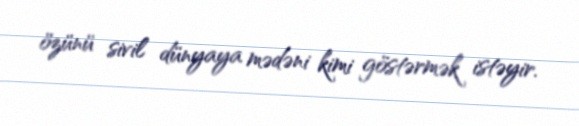
özünü sivil dünyaya mədəni kimi göstərmək istəyir.